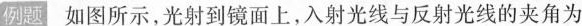
例题 如图所示，光射到镜面上，入射光线与反射光线的夹角为